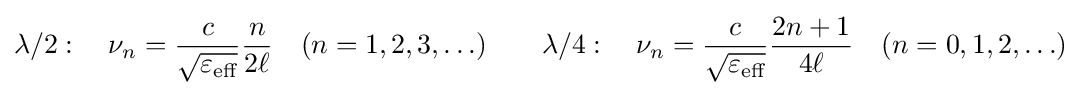
\lambda /2:\quad \nu _{n}={\frac {c}{\sqrt {\varepsilon _{\text{eff}}}}}{\frac {n}{2\ell }}\quad (n=1,2,3,\ldots )\qquad \lambda /4:\quad \nu _{n}={\frac {c}{\sqrt {\varepsilon _{\text{eff}}}}}{\frac {2n+1}{4\ell }}\quad (n=0,1,2,\ldots )